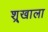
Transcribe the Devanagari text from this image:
श्र्‌खाला